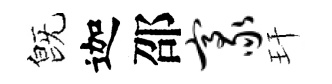
旣迦邵豪玕